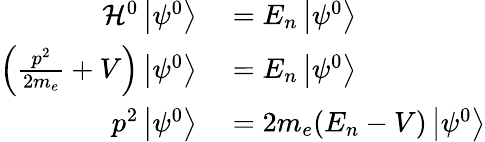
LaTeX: \begin{array}{rl}{{\mathcal{H}}^{0}\left\vert\psi^{0}\right\rangle}&{{}=E_{n}\left\vert\psi^{0}\right\rangle}\\ {\left({\frac{p^{2}}{2m_{e}}}+V\right)\left\vert\psi^{0}\right\rangle}&{{}=E_{n}\left\vert\psi^{0}\right\rangle}\\ {p^{2}\left\vert\psi^{0}\right\rangle}&{{}=2m_{e}(E_{n}-V)\left\vert\psi^{0}\right\rangle}\end{array}